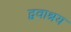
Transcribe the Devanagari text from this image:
द्ववाश्रय